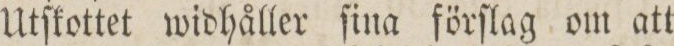
Utſkottet widhåller ſina förſlag om att